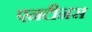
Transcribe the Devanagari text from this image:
एनटीनस